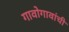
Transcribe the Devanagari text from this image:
गावोगावांची